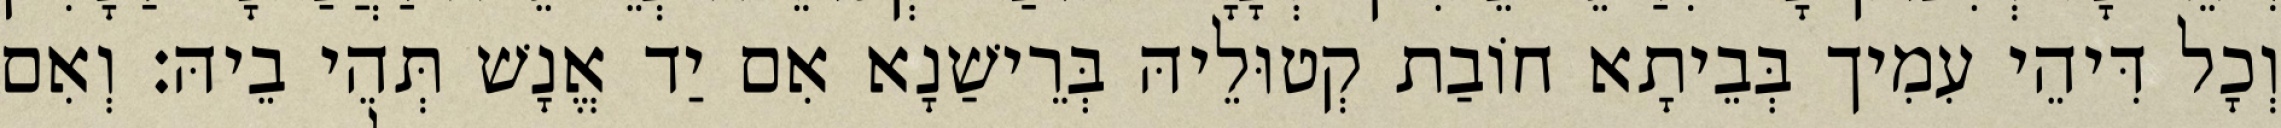
וְכָל דִּיהֵי עִמִיך בְּבֵיתָא חוֹבַת קְטוּלֵיהּ בְּרֵישַׁנָא אִם יַד אֱנָשׁ תְּהֵי בֵיהּ׃ וְאִם